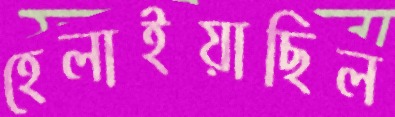
হেলাইয়াছিল